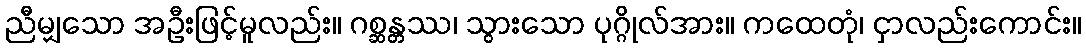
ညီမျှသော အဦးဖြင့်မူလည်း။ ဂစ္ဆန္တဿ၊ သွားသော ပုဂ္ဂိုလ်အား။ ကထေတုံ၊ ငှာလည်းကောင်း။